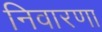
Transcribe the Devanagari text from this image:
निवारणा